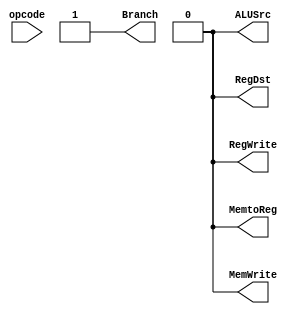
module Control_Unit(
    input [5:0] opcode,
    output reg MemtoReg, MemWrite, Branch, ALUSrc, RegDst, RegWrite
);
    always @(*) begin
        // Decoding an example R-type opcode for operations
        {MemtoReg, MemWrite, Branch, ALUSrc, RegDst, RegWrite} = 6'b001000; // Example values
    end
endmodule